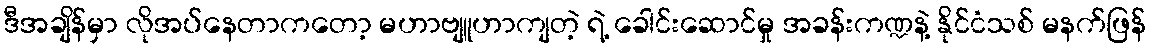
ဒီအချိန်မှာ လိုအပ်နေတာကတော့ မဟာဗျူဟာကျတဲ့ ရဲ့ ခေါင်းဆောင်မှု အခန်းကဏ္ဍနဲ့ နိုင်ငံသစ် မနက်ဖြန်